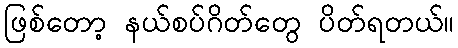
ဖြစ်တော့ နယ်စပ်ဂိတ်တွေ ပိတ်ရတယ်။